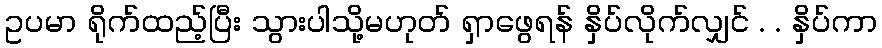
ဥပမာ ရိုက်ထည့်ပြီး သွားပါသို့မဟုတ် ရှာဖွေရန် နှိပ်လိုက်လျှင် . . နှိပ်ကာ